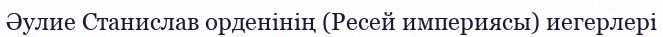
Әулие Станислав орденінің (Ресей империясы) иегерлері